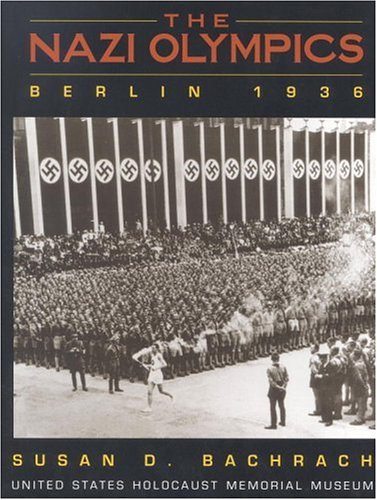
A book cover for The Nazi Olympics: Berlin 1936; Susan D. Bachrach; Children's Books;